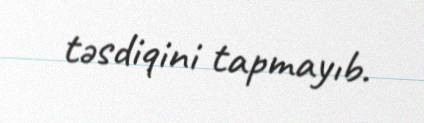
təsdiqini tapmayıb.